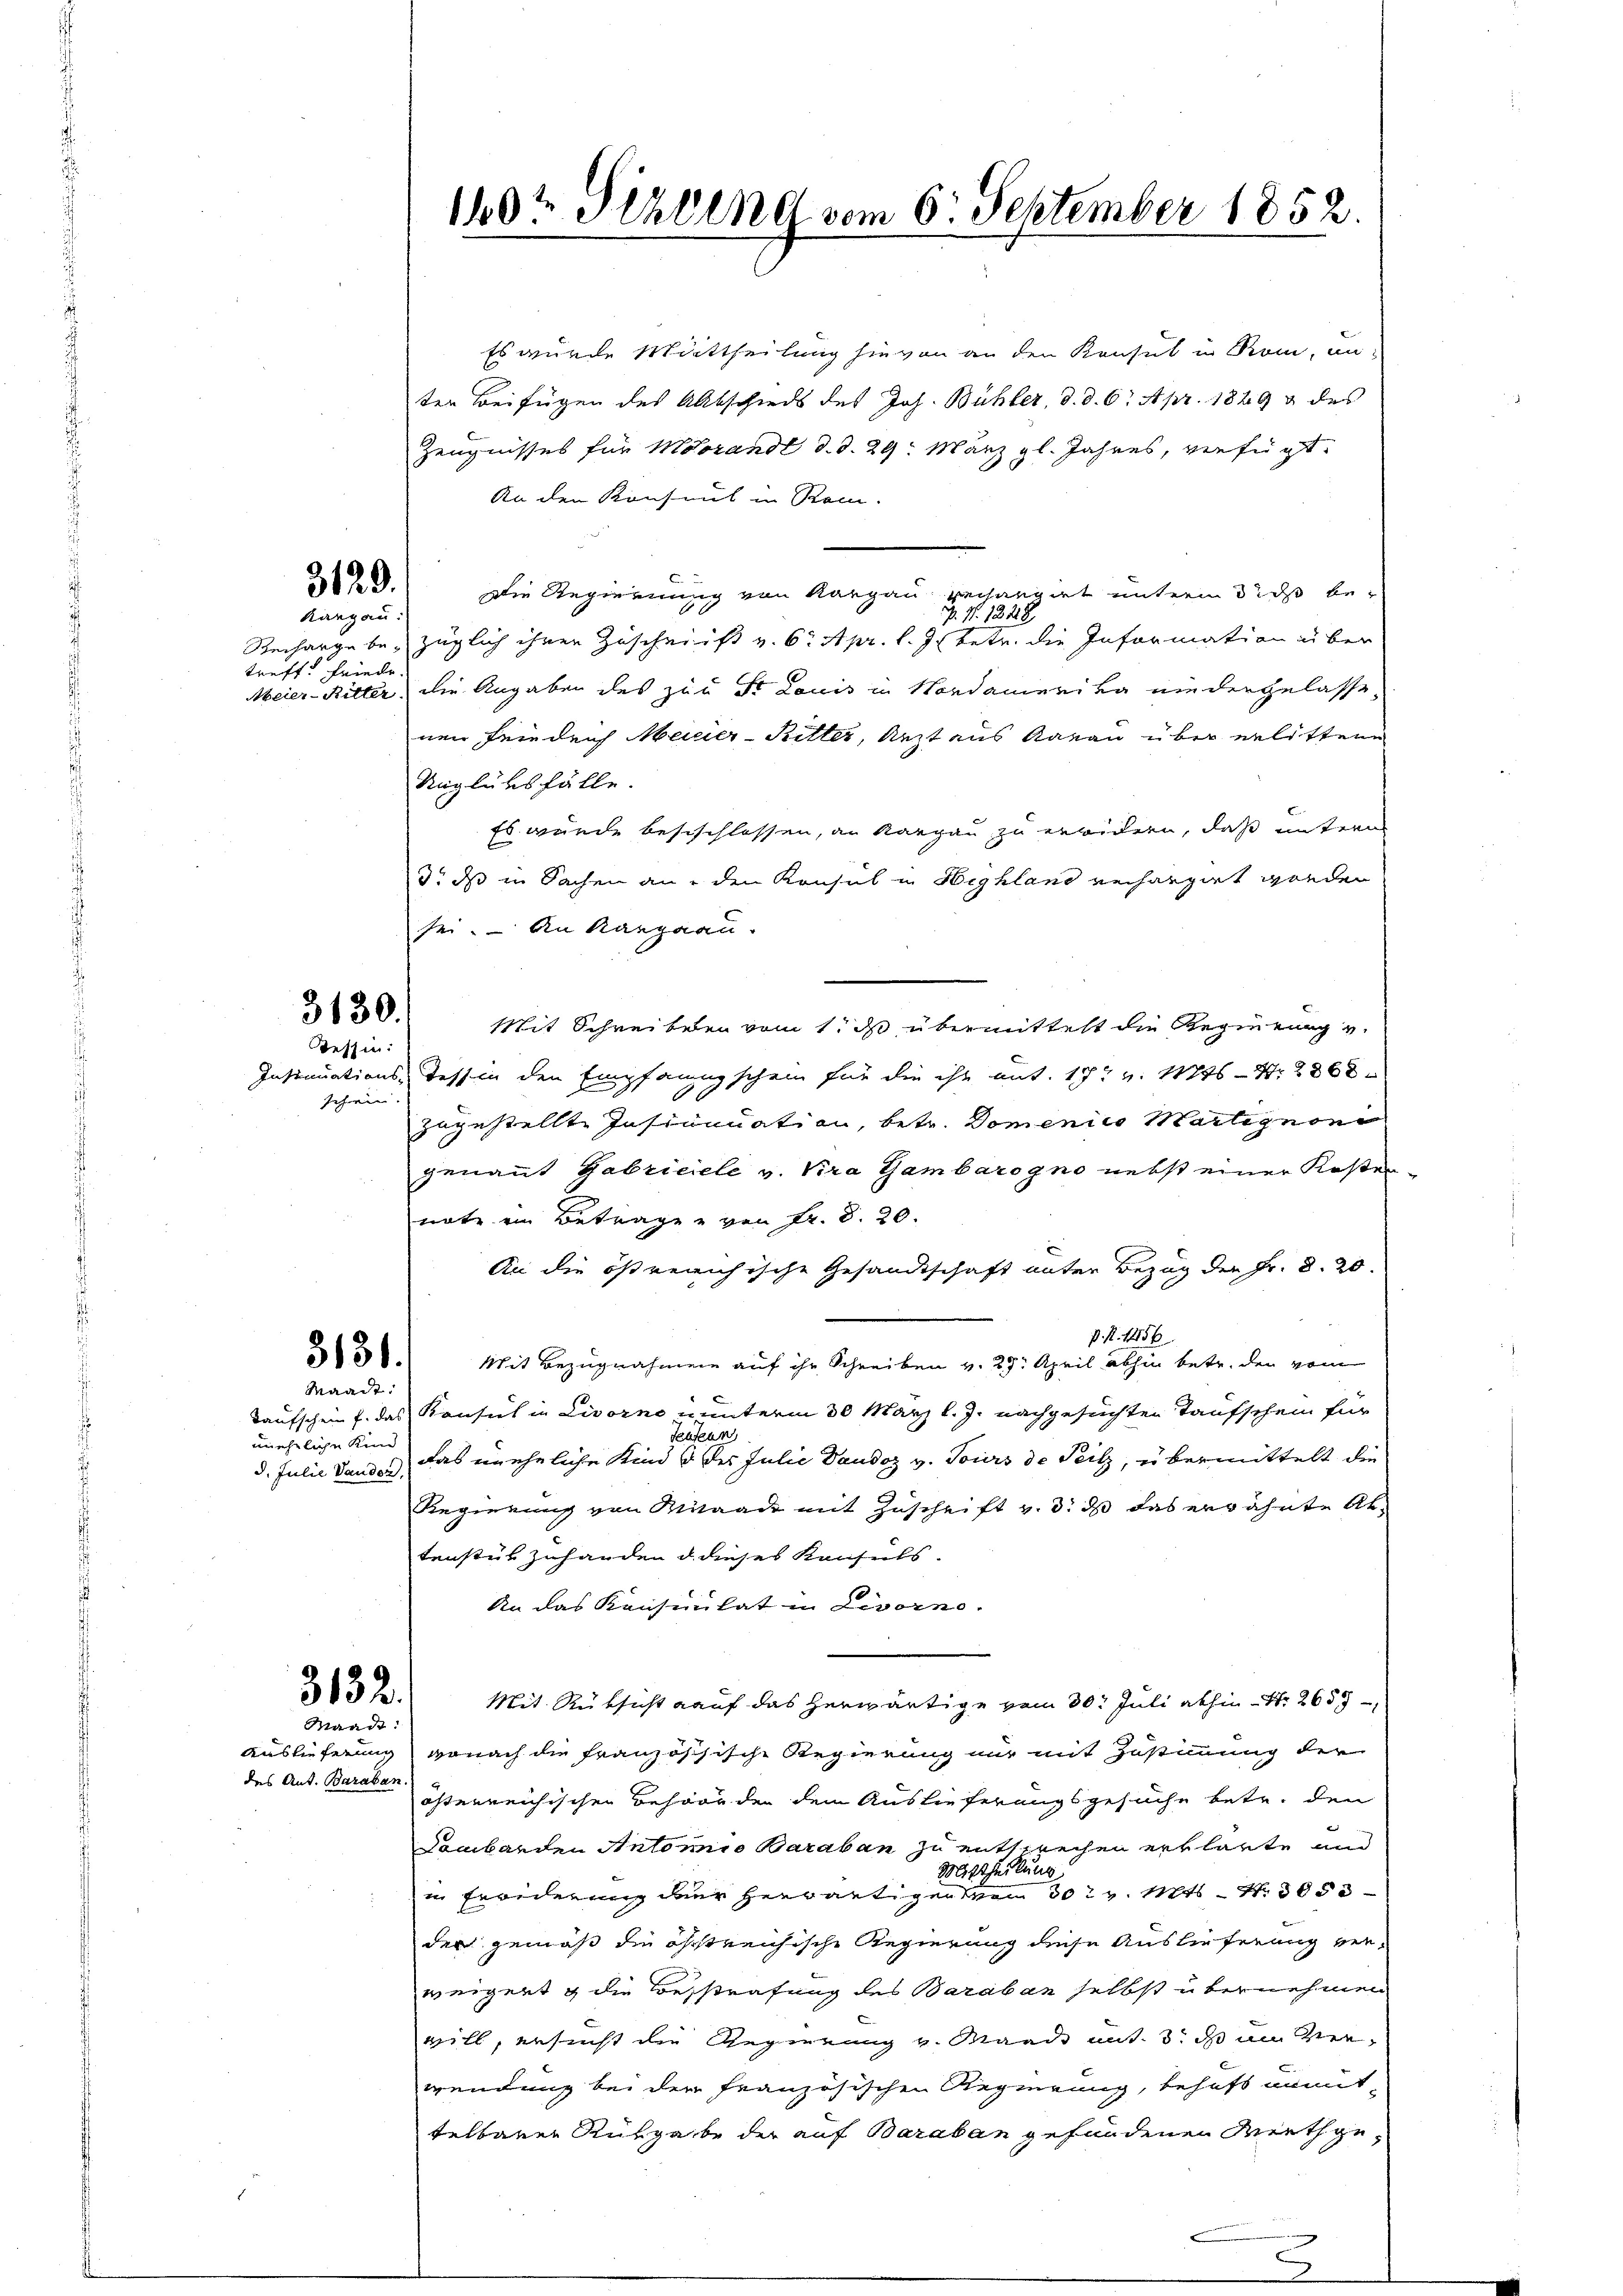
Kangau:
treff. Friede

schwer. |

3129.

Tessin:

des Ant. Baraban

Es würde Mittheilung hievon an den Konsul in Rom, un
ter Beifügen des Altschieds des Joh. Bühler, d. d. 6. Apr. 1889 & des
Zeugnisses für Morandt d. d. 29. März l. Jahres, verfügt.
An den Konsul in Rein.
Die Regierung von Aargau rechargirt unterm 3. ds be-
P. Nr. 1228
Recharge bezüglich ihrer Zuscheinst v. 6. Apr. l. J. betr. die Information über
Meier-Kitter, die Angaben des zum Sr. Louis in Nordamerika niedergelasse,
nen Friedrich Meier-Sitter, Arzt aus Aarau über erlittene
Unglüksfälle.
Es wurde besschlossen, an Aargau zu erwidern, daß unterm
3. dass in Sachen an den Konsul in Highland verharzirt worden
sei. – An Raupaau.
230. Mit Schreibenen vom 1. ds. übermittelt die Regierung v.
Insinuations Tessin den Empfangschein für die ihr mit. 17 t v. Mts. S. 2868
zugestellte Instinuation, betr. Domenico Martignon
genannt Gabriciele v. Kra Gambarogno nebst einer Kosten
note ein Betrage von Fr. 8. 20.
An die östreichische Gesandtschaft unter Bezug der Fr. 8. 20.
P. P. 1456
230. Mit Bezugnahmen auf ihr Schreiben v. 29. April abhin betr. den vom
Waadt:
Taufschein f. das Konsul in Livorne u unterm 30 März l. J. nachgesuchten Taufschein für
Seustan
uneheliche Kind
das uneheliche Kind & des Julie Daudoz v. Tours de Teilz, übermittelt die
8. Julie Vaudon,
Regierung von Mitnade mit Zuschrift v. 3. ds das erwähnte Abtenstük zuhanden d. dieses Konsuls.
An das Konsinitat in Livorno.
3132.
Mit Rüksicht auf das herwärtige vom 30. Juli abhin Nr. 2659
Waadt:
Auslieferung, wonach die französchische Regierung nur mit Zustimmung der
österreichischen Behörden dem Auslieferungsgesuche betr. den
Dombarden Antonio Baraban zu entsprechen erklärte und
Mittheilung
in Freiderung der herwärtigen von 30t v. Mts. – N. 305 3
der gemäß die östreichische Regierung diese Auslieferung verweigert g die Besstrafung des Baraban selbst übernehmen
will, ersucht die Regierung v. Ward mit 3. ds um verwendung bei der französischen Regierung, behaft unmit
telbarer Rückgabe der auf Baraban gefundenen Mieth ge¬

140t Sitzung vom 6. September 1852